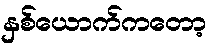
နှစ်ယောက်ကတော့